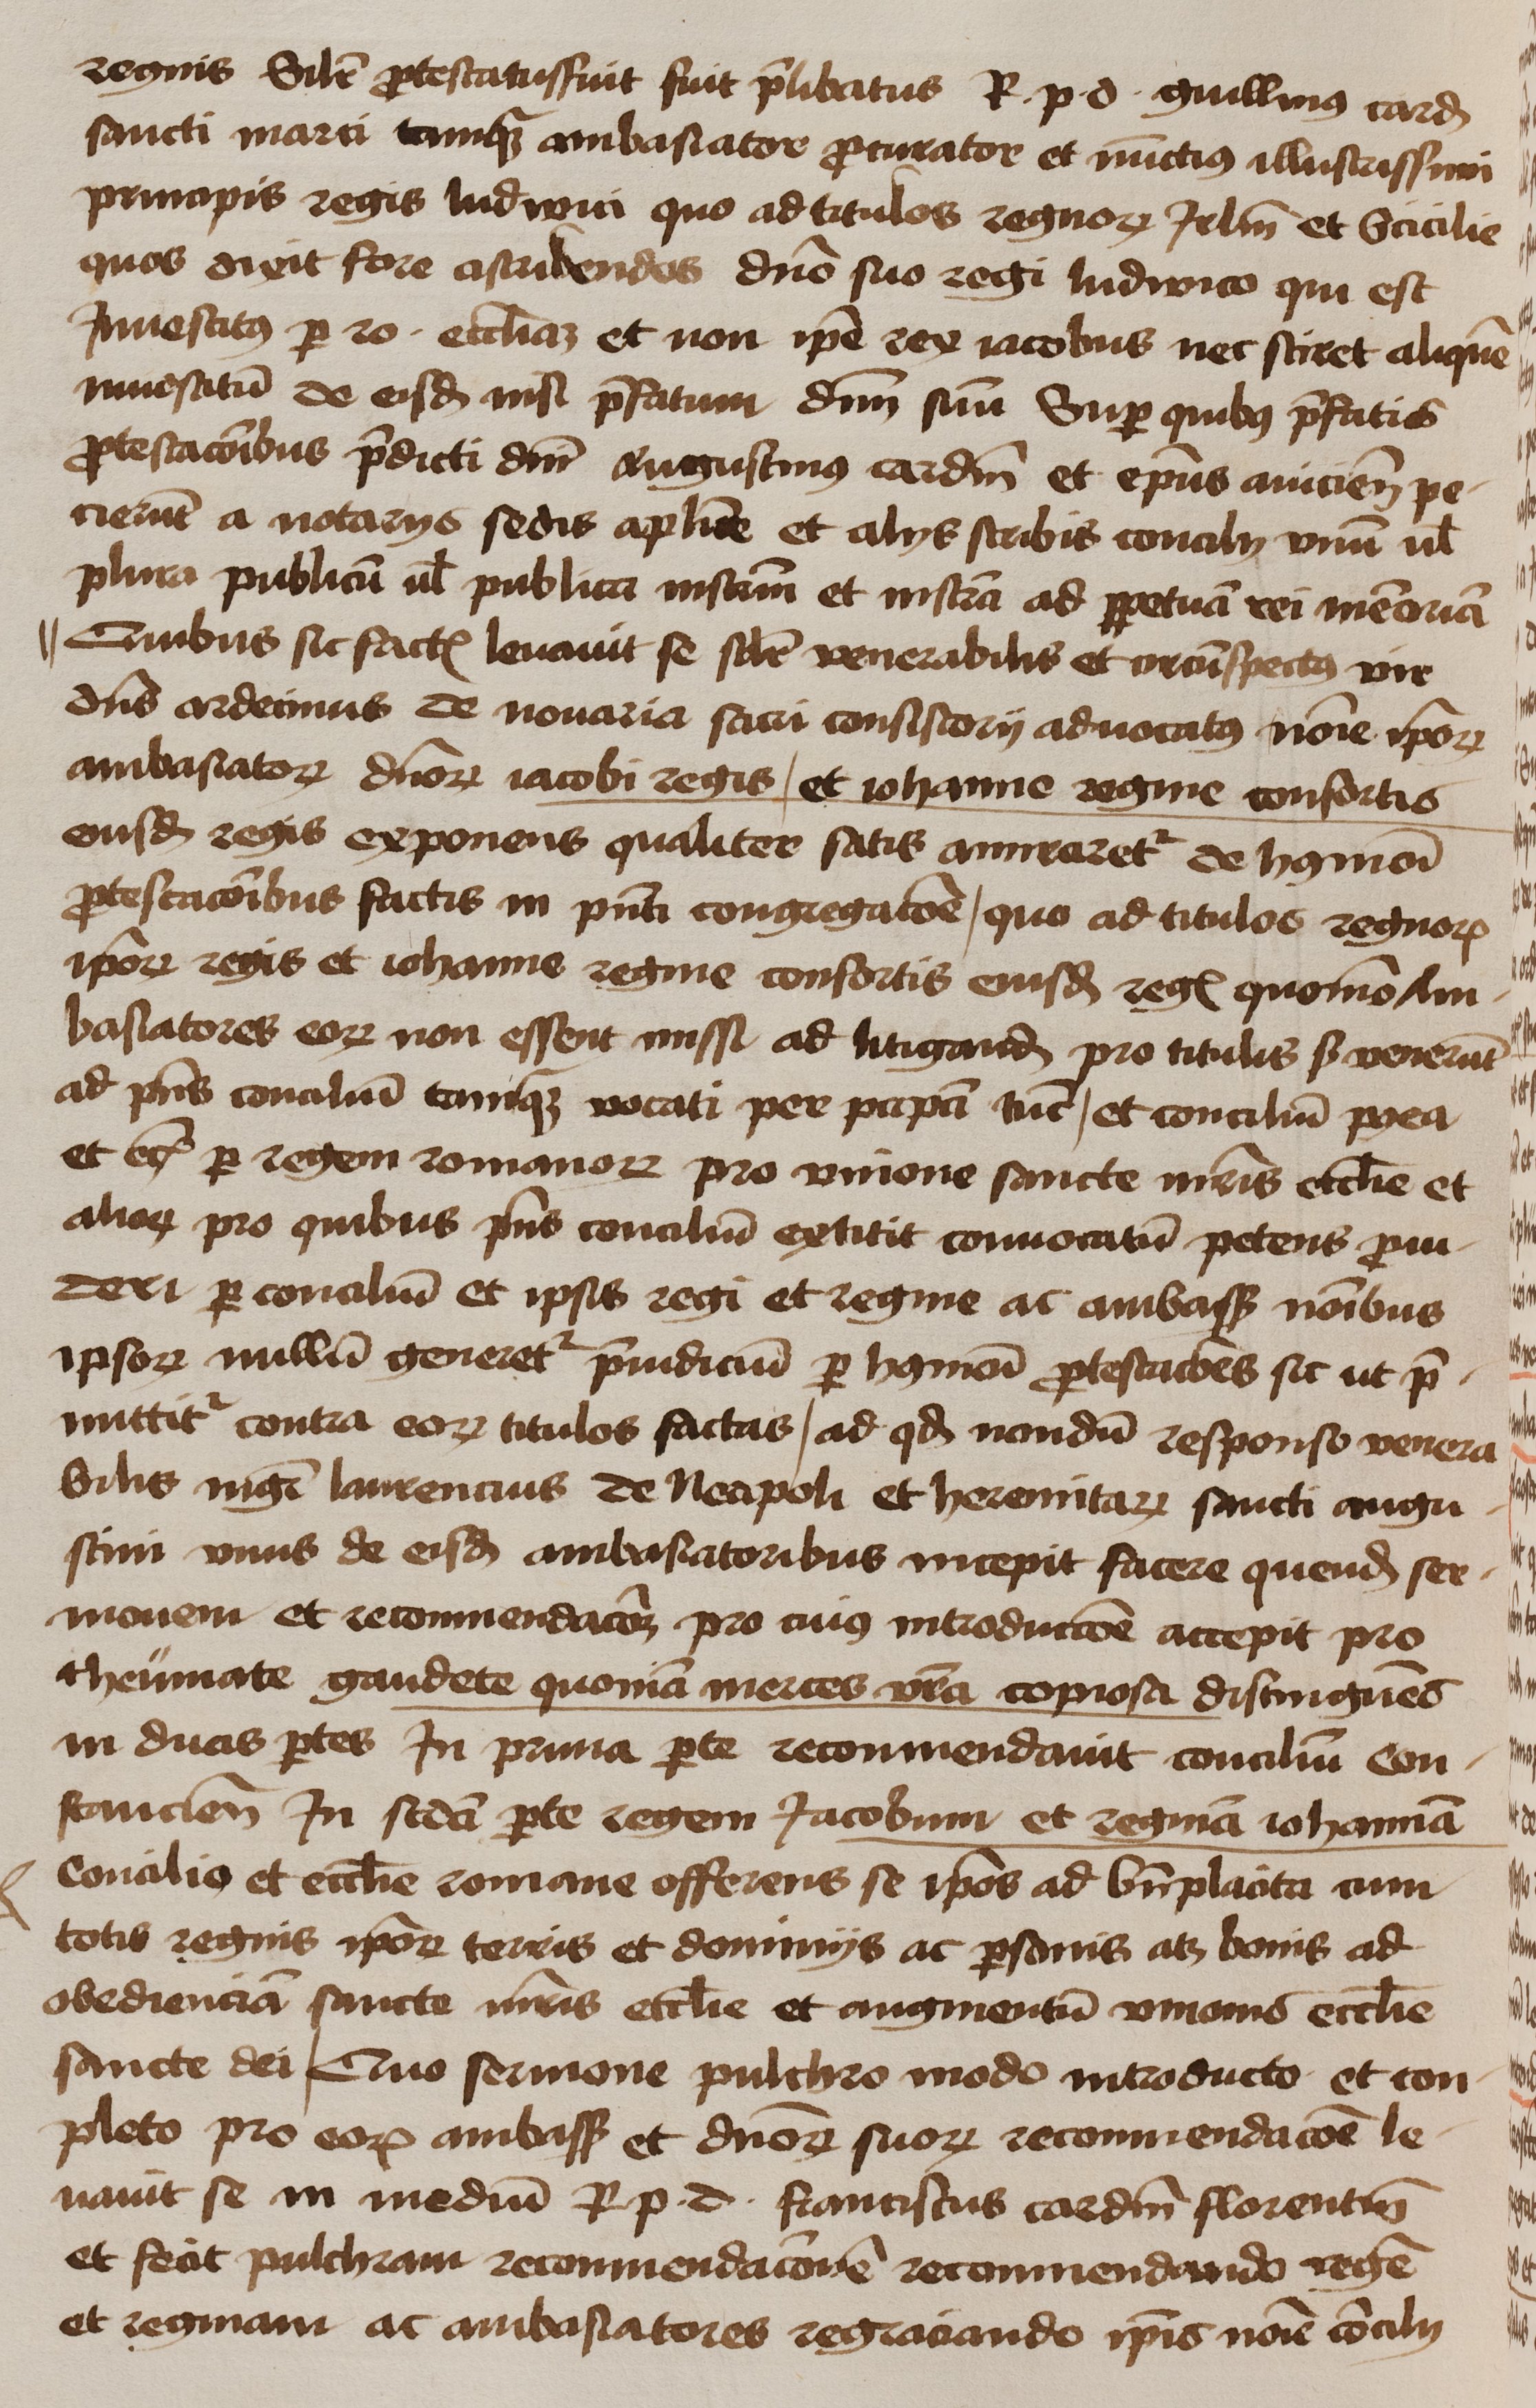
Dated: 1450–1474